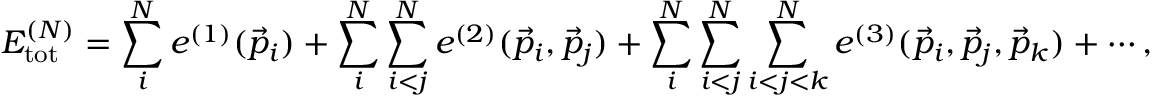
E _ { \mathrm { t o t } } ^ { ( N ) } = \sum _ { i } ^ { N } e ^ { ( 1 ) } ( \vec { p } _ { i } ) + \sum _ { i } ^ { N } \sum _ { i < j } ^ { N } e ^ { ( 2 ) } ( \vec { p } _ { i } , \vec { p } _ { j } ) + \sum _ { i } ^ { N } \sum _ { i < j } ^ { N } \sum _ { i < j < k } ^ { N } e ^ { ( 3 ) } ( \vec { p } _ { i } , \vec { p } _ { j } , \vec { p } _ { k } ) + \cdots ,